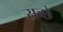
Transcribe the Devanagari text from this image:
सच्छे